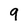
Character: 9